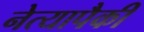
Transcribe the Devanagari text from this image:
नेत्यापैकी